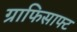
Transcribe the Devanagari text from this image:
ग्राफिसाफ्ट